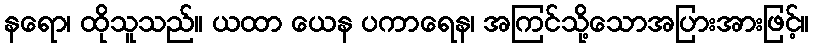
နရော၊ ထိုသူသည်။ ယထာ ယေန ပကာရေန၊ အကြင်သို့သောအပြားအားဖြင့်။